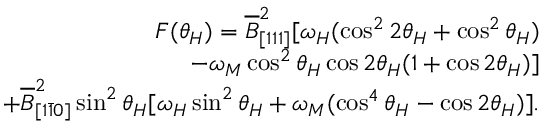
\begin{array} { r } { F ( \theta _ { H } ) = \overline { { B } } _ { [ 1 1 1 ] } ^ { 2 } [ \omega _ { H } ( \cos ^ { 2 } { 2 \theta _ { H } } + \cos ^ { 2 } { \theta _ { H } } ) } \\ { - \omega _ { M } \cos ^ { 2 } { \theta _ { H } } \cos { 2 \theta _ { H } } ( 1 + \cos { 2 \theta _ { H } } ) ] } \\ { + \overline { { B } } _ { [ 1 \bar { 1 } 0 ] } ^ { 2 } \sin ^ { 2 } { \theta _ { H } } [ \omega _ { H } \sin ^ { 2 } { \theta _ { H } } + \omega _ { M } ( \cos ^ { 4 } { \theta _ { H } } - \cos { 2 \theta _ { H } } ) ] . } \end{array}